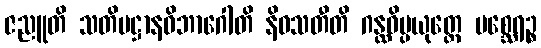
ဇညူတိ သတိပဋ္ဌာနဝိဘာဂေါတိ နိဝသတီတိ ဂန္ထဝိပ္ပယုတ္တေ မစ္ဆေရဉ္စ